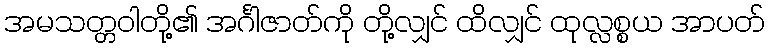
အမသတ္တဝါတို့၏ အင်္ဂါဇာတ်ကို တို့လျှင် ထိလျှင် ထုလ္လစ္စယ အာပတ်